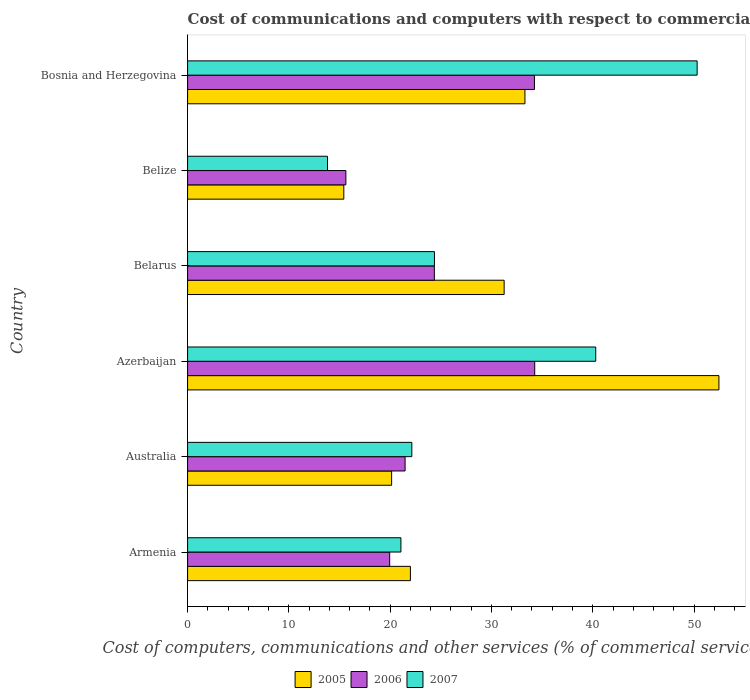
| Country | 2005 | 2006 | 2007 |
 | --- | --- | --- | --- |
 | Armenia | 22 | 19.9 | 21.1 |
 | Australia | 20.1 | 21.5 | 22.1 |
 | Azerbaijan | 52.5 | 34.3 | 40.3 |
 | Belarus | 31.2 | 24.4 | 24.4 |
 | Belize | 15.4 | 15.6 | 13.8 |
 | Bosnia and Herzegovina | 33.3 | 34.2 | 50.3 |